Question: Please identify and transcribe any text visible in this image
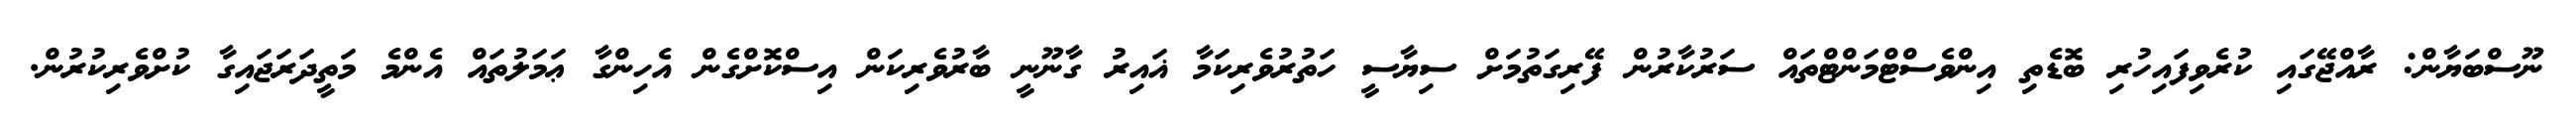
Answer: ނޫސްބަޔާން: ރާއްޖޭގައި ކުރެވިފައިހުރި ބޮޑެތި އިންވެސްޓްމަންޓްތައް ސަރުކާރުން ފޭރިގަތުމަށް ސިޔާސީ ހަތުރުވެރިކަމާ ޣައިރު ގާނޫނީ ބާރުވެރިކަން އިސްކޮށްގެން އެހިންގާ ޢަމަލުތައް އެންމެ މަތީދަރަޖައިގާ ކުށްވެރިކުރުން.